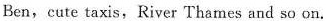
Ben, cute taxis, River Thames and so on.